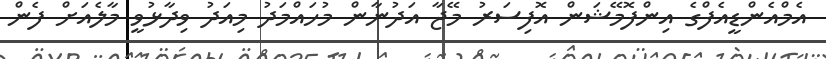
އެމްއެންޑީއެފްގެ އިންފޮމޭޝަން އޮފިސަރު މޭޖާ އަދުނާން މުހައްމަދު މިއަދު ވިދާޅުވީ މާލެއަށް ފެން